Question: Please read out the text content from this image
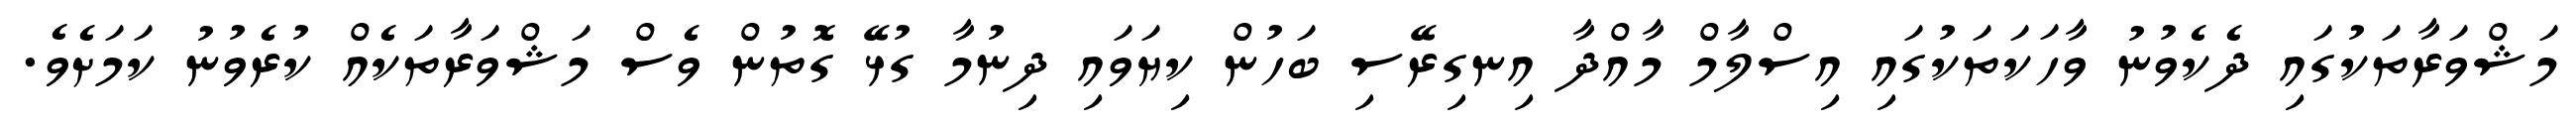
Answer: މަޝްވަރާތަކުގައި ދެކެވުނު ވާހަކަތަކުގައި އިސްލާމް މާއްދާ އިނގިރޭސި ބަހުން ކިޔަވައި ދިނުމާ ގުޅޭ ގޮތުން ވެސް މަޝްވަރާތަކެއް ކުރެވުނު ކަމަށެވެ.